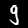
Label: 9